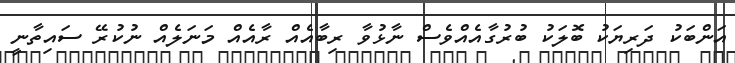
އަންބަކު ދަރިޔަކު ބޮލަކު ބުރުގާއެއްވެސް ނާޅުވާ ރިބާއެއް ރާއެއް މަނަލެއް ނުކުރޭ ސައިތާނީ